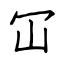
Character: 冚